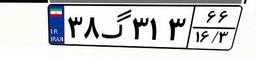
۳۸گ۳۱۳۶۶